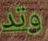
وتد